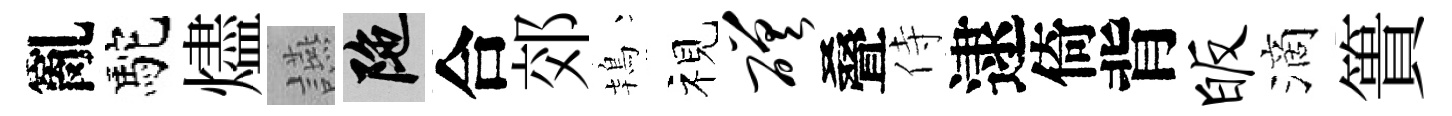
亂駝燼讌陀合郊鴇视磋叠侍逮倚背皈滴簣